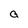
Character: a